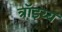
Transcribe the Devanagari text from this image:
त्रॉइय्य